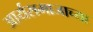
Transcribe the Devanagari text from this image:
आर्यसमाजाच्या